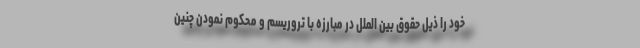
خود را ذیل حقوق بین الملل در مبارزه با تروریسم و محکوم نمودن چنین